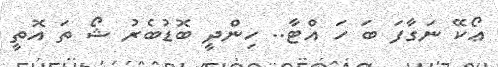
ޢޯކޭ ނަގާފަ ބަ ހަ އްޓާ.. ހިންދީ ބޮޑުބެރު ޝޯ ތަ އޮތީ